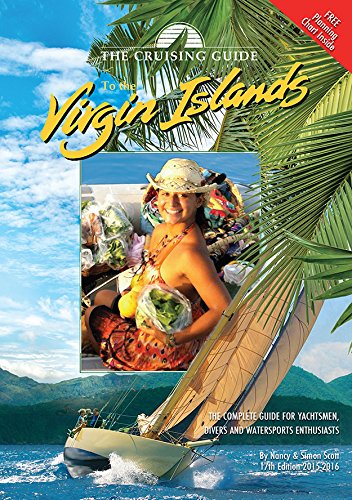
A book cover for The Cruising Guide to the Virgin Islands; Nancy Scott; Travel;